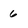
Character: 6